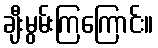
ချီးမွမ်းကြကြောင်း။